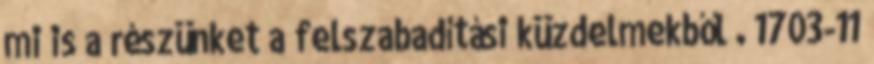
mi is a részünket a felszabadítási küzdelmekből . 1703-11